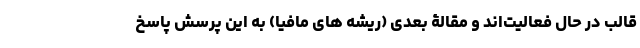
قالب در حال فعالیت‌اند و مقالۀ بعدی (ریشه های مافیا) به این پرسش پاسخ